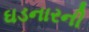
ઘડનારની